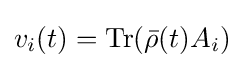
v_{i}(t)={\text{Tr}}({\bar {\rho }}(t)A_{i})